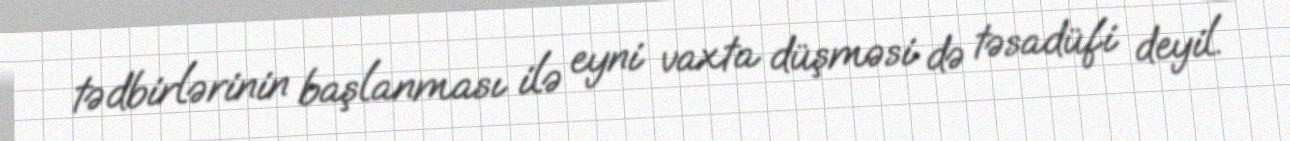
tədbirlərinin başlanması ilə eyni vaxta düşməsi də təsadüfi deyil.